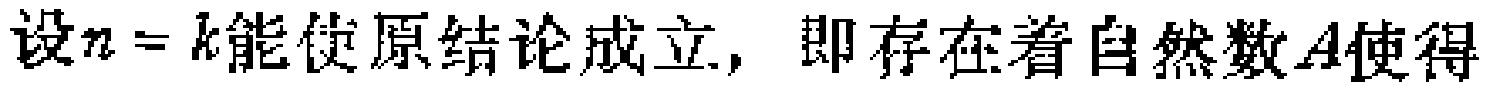
设\(n = k\)能使原结论成立，即存在着自然数\(A\)使得